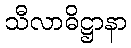
သီလာဓိဋ္ဌာနာ